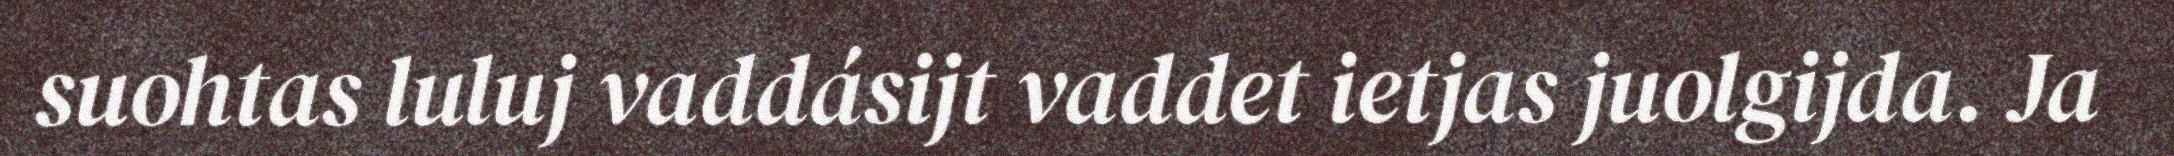
suohtas luluj vaddásijt vaddet ietjas juolgijda. Ja